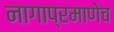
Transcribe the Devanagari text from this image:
नागाप्रमाणेच